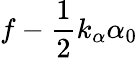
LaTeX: f-\frac{1}{2}k_{\alpha}\alpha_{0}